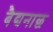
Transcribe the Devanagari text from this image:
बैद्यनाछ